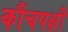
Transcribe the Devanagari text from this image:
कौंचपक्षी